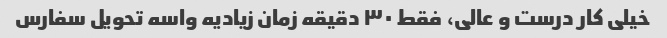
خیلی کار درست و عالی، فقط ۳۰ دقیقه زمان زیادیه واسه تحویل سفارس